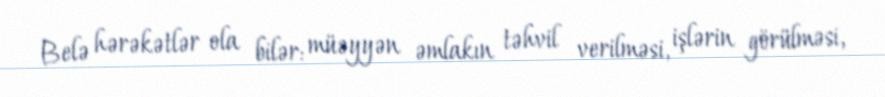
Belə hərəkətlər ola bilər: müəyyən əmlakın təhvil verilməsi, işlərin görülməsi,